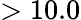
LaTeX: >10.0